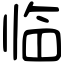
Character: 临